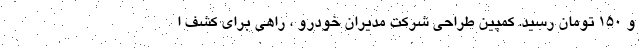
و ۱۵۰ تومان رسید. کمپین طراحی شرکت مدیران خودرو ، راهی برای کشف ا